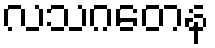
လသဂတေန